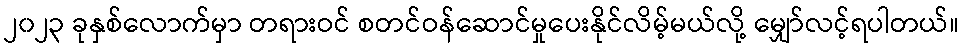
၂၀၂၃ ခုနှစ်လောက်မှာ တရားဝင် စတင်ဝန်ဆောင်မှုပေးနိုင်လိမ့်မယ်လို့ မျှော်လင့်ရပါတယ်။